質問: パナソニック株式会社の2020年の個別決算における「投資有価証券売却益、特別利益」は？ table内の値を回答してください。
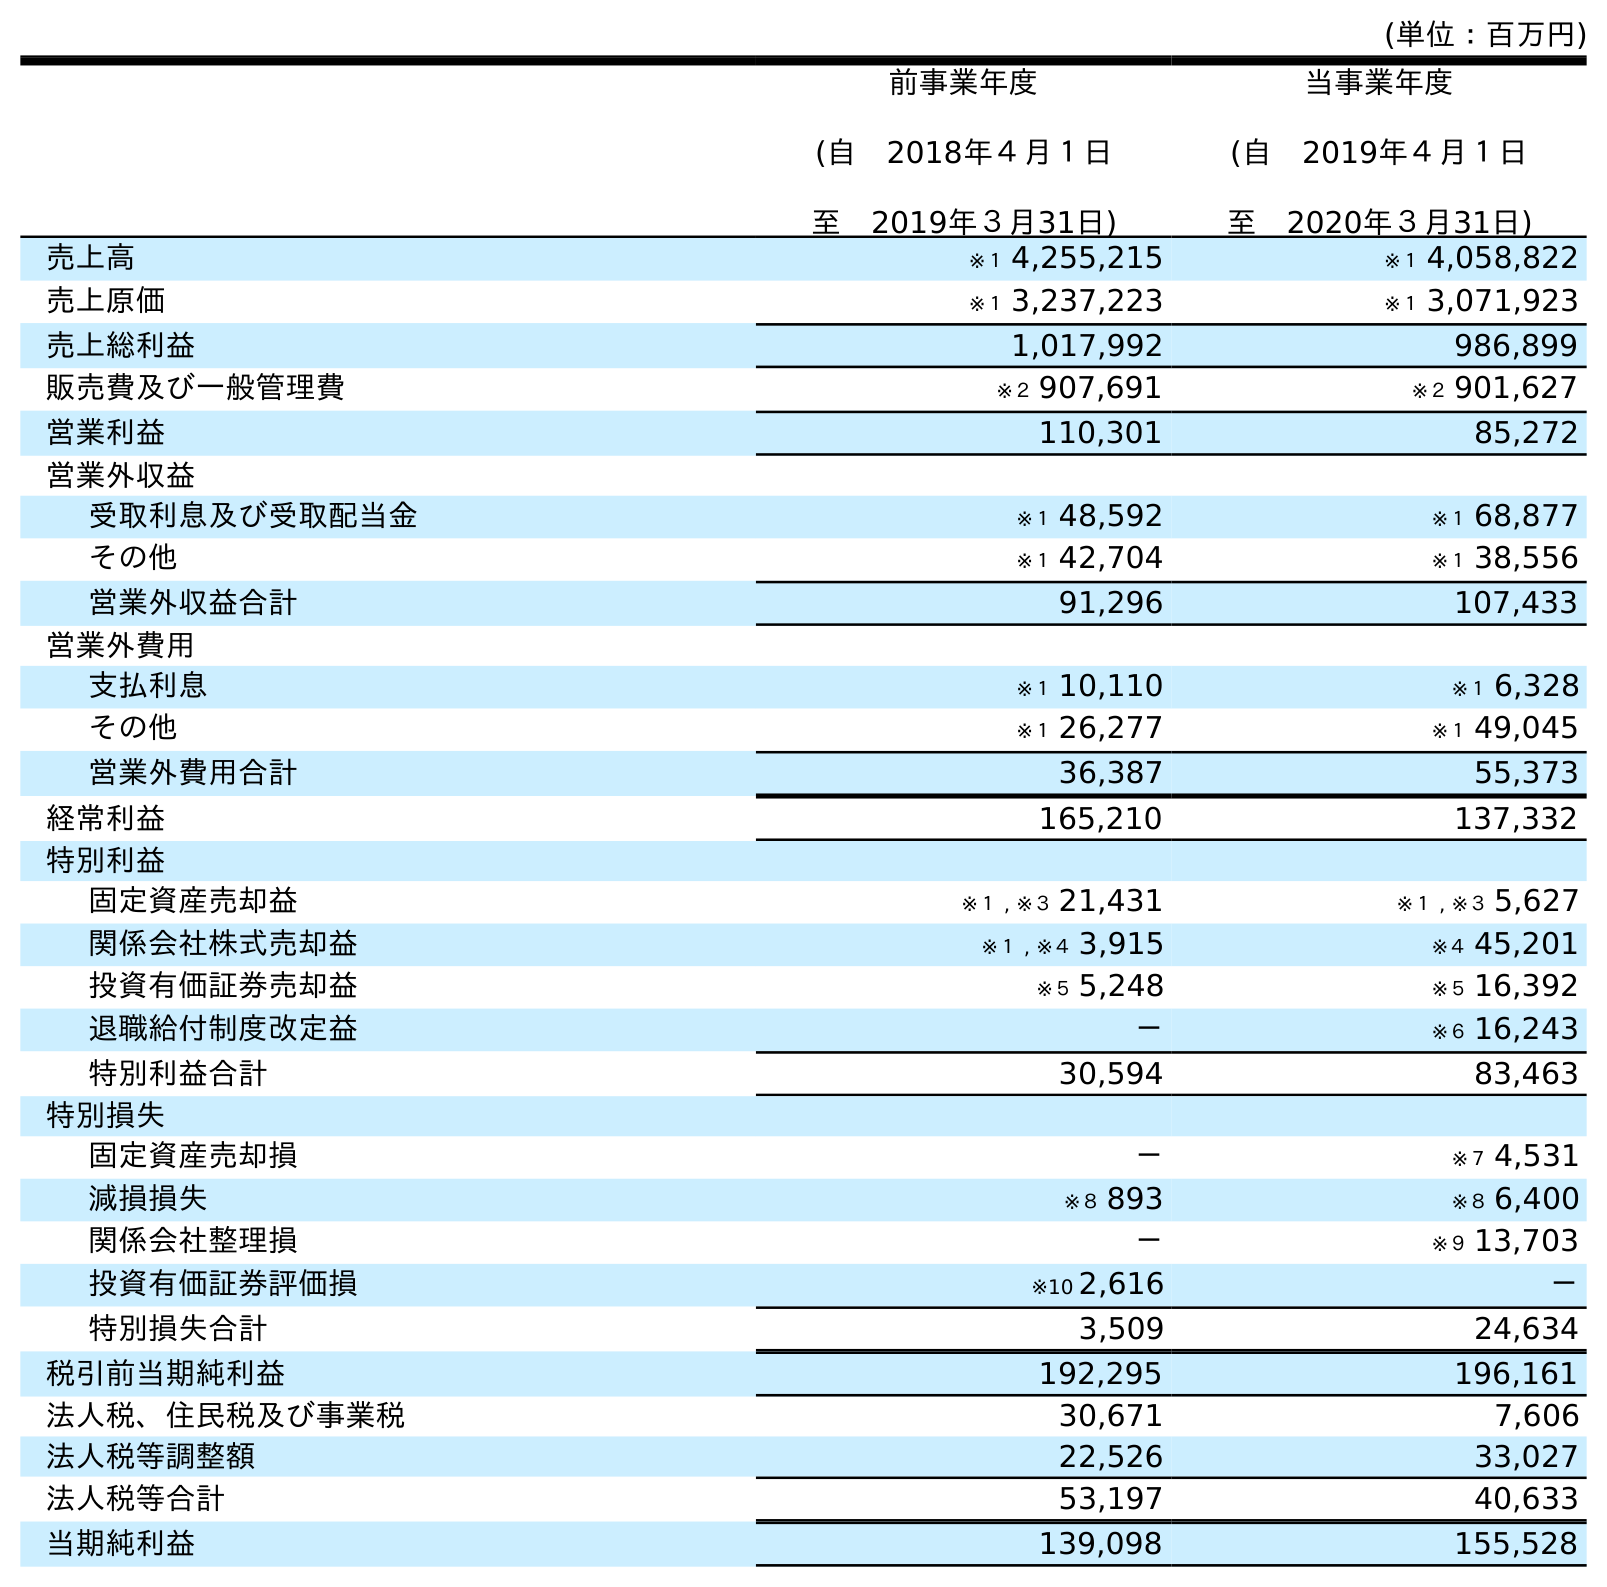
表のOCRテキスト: (単位：百万円) 前事業年度 (自 2018年４月１日 至 2019年３月31日) 当事業年度 (自 2019年４月１日 至 2020年３月31日) 売上高 ※１ 4,255,215 ※１ 4,058,822 売上原価 ※１ 3,237,223 ※１ 3,071,923 売上総利益 1,017,992 986,899 販売費及び一般管理費 ※２ 907,691 ※２ 901,627 営業利益 110,301 85,272 営業外収益 受取利息及び受取配当金 ※１ 48,592 ※１ 68,877 その他 ※１ 42,704 ※１ 38,556 営業外収益合計 91,296 107,433 営業外費用 支払利息 ※１ 10,110 ※１ 6,328 その他 ※１ 26,277 ※１ 49,045 営業外費用合計 36,387 55,373 経常利益 165,210 137,332 特別利益 固定資産売却益 ※１ , ※３ 21,431 ※１ , ※３ 5,627 関係会社株式売却益 ※１ , ※４ 3,915 ※４ 45,201 投資有価証券売却益 ※５ 5,248 ※５ 16,392 退職給付制度改定益 － ※６ 16,243 特別利益合計 30,594 83,463 特別損失 固定資産売却損 － ※７ 4,531 減損損失 ※８ 893 ※８ 6,400 関係会社整理損 － ※９ 13,703 投資有価証券評価損 ※10 2,616 － 特別損失合計 3,509 24,634 税引前当期純利益 192,295 196,161 法人税、住民税及び事業税 30,671 7,606 法人税等調整額 22,526 33,027 法人税等合計 53,197 40,633 当期純利益 139,098 155,528
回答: ※５16,392